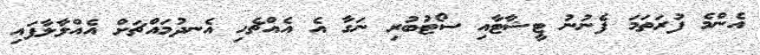
އެންމެ ފުރަތަމަ ފެނުނު ޓީޝާޓާއި ސޯޓުބުރި ނަގާ އެ އެއްޗެހި އެނދުމައްޗަށް އެއްލާލާފައި